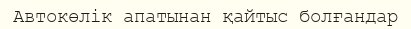
Автокөлік апатынан қайтыс болғандар